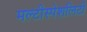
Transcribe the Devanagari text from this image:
मल्टीस्पेशलिटी